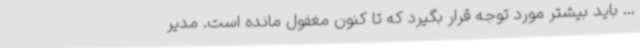
... باید بیشتر مورد توجه قرار بگیرد که تا کنون مغفول مانده است. مدیر